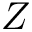
Z